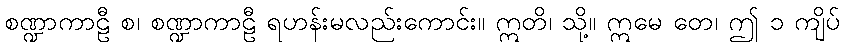
စဏ္ဍာကာဠီ စ၊ စဏ္ဍာကာဠီ ရဟန်းမလည်းကောင်း။ ဣတိ၊ သို့။ ဣမေ တေ၊ ဤ ၁ ကျိပ်